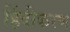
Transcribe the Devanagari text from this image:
हिंदीकरण